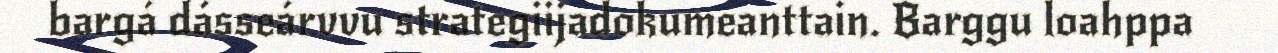
bargá dásseárvvu strategiijadokumeanttain. Barggu loahppa